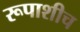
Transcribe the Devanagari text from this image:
रूपाशीच